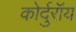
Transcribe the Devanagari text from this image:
कोर्दुरॉय